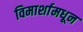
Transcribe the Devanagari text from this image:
विमार्शामधून